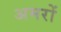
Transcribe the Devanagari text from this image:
अमरों